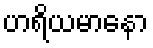
ဟရိယမာနော